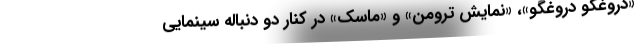
«دروغگو دروغگو»، «نمایش ترومن» و «ماسک» در کنار دو دنباله سینمایی